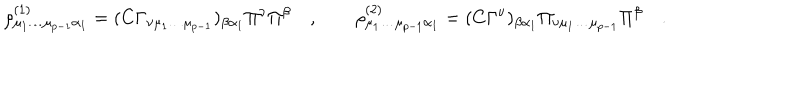
\rho _ { \mu _ { 1 } \dots \mu _ { p - 1 } \alpha _ { 1 } } ^ { ( 1 ) } = ( C \Gamma _ { \nu \mu _ { 1 } \dots \mu _ { p - 1 } } ) _ { \beta \alpha _ { 1 } } \Pi ^ { \nu } \Pi ^ { \beta } \quad , \quad \quad \rho _ { \mu _ { 1 } \dots \mu _ { p - 1 } \alpha _ { 1 } } ^ { ( 2 ) } = ( C \Gamma ^ { \nu } ) _ { \beta \alpha _ { 1 } } \Pi _ { \nu \mu _ { 1 } \dots \mu _ { p - 1 } } \Pi ^ { \beta } \quad .